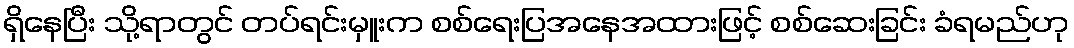
ရှိနေပြီး သို့ရာတွင် တပ်ရင်းမှူးက စစ်ရေးပြအနေအထားဖြင့် စစ်ဆေးခြင်း ခံရမည်ဟု